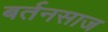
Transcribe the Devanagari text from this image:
बर्तनसाज